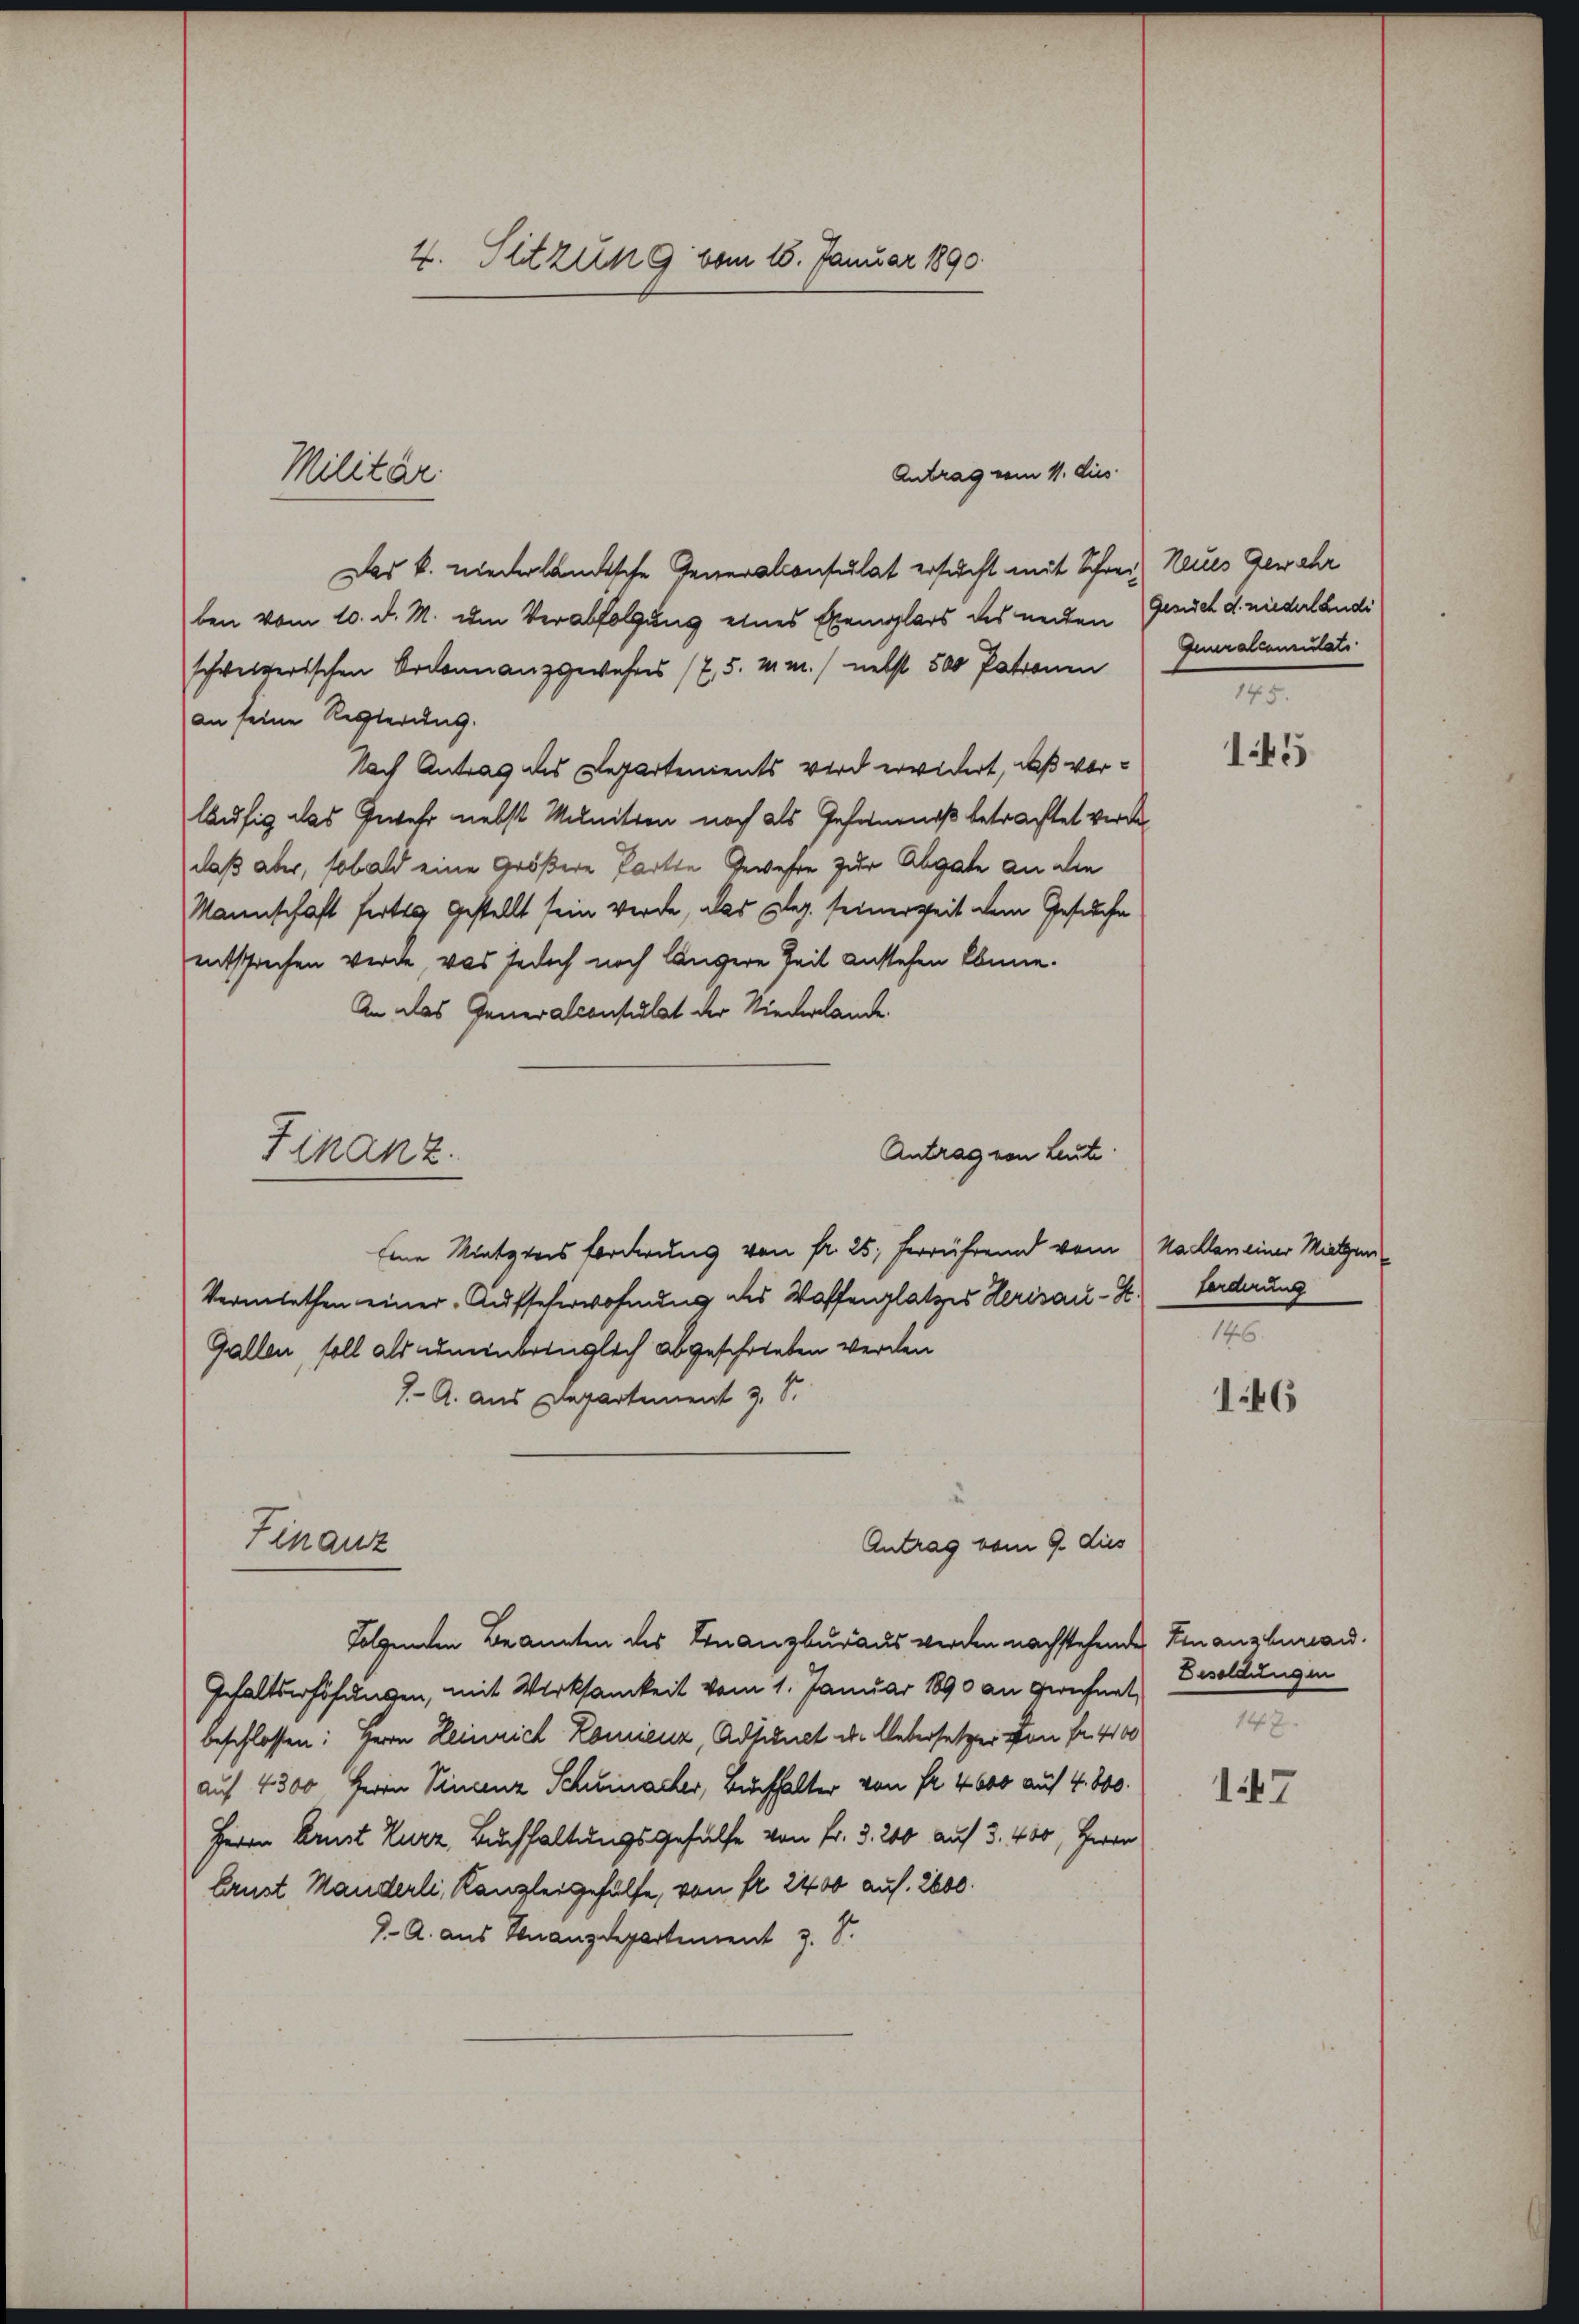
4. Sitzung vom 15. Januar 1890

Das k. niederländische Generalconsulat ersucht mit Schreiz Neues Gewehr
ben vom 10. d. M. um Verabfolgung eines Exemplars des neuen Gesuch d. niederländi
schweizerischen Ordonnanzgewahres (7, 5. M. M. nebst 500 Patronen
an seine Regierung.
Nach Antrag des Departenients wird erwidert, daß vorläufig das Gewehr nebst Milnition noch als Gefängniß betrachtet werden
daß aber, sobald eine größere Parte Gewehre zur Abgabe an die
Manenschaft fertig gestellt sein werde, das Eleg. seinerzeit dem Gesuche
entsprechen werde, was jedoch noch längere Zeit anstehen könne.
An das Generalconsulat der Niederlande.
Antrag von Leute.
Eine Mietztes Forderung von fr. 25. Ferrührend vom Nachlan einer Mitgen
Vermiethen einer „Aufseherwohnung des Waffenplatzes Herisau-Z. Forderung
Gallen, soll als uneinbringlich abgeschrieben werden
1.- A. aus Departement J. S.
Finanz
Antrag vom 9. dies
Folgenden Beanten des Finanzburaus werden nachstehende Finanzkurand.
Gehaltserhöhungen, mit Wirksamkeit vom 1. Januar 1890 an Gerechnet Besoldungen
beschlossen: Herrn Leinrich Romienz, Adjunct d. Untersetzer von Fr. 400
auf 4300 Herrn Vincenz Scheinacker, Buchhalter von Fr. 4600 auf 4. 800.
Herrn Arnst Kurz, Buchhaltungsgehülfe von Fr. 3. 200 auf 3. 400, Herrn
Erust Manderli, Kanzleigehülfe, von fr. 2400 auf. 2600.
7-A. aus Finanzdepartement z. S.

Militär

Finanz.

Antrag vom 11. dies

Generalconsulati

1
145

14

146

147.

1247